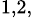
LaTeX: ^{1,2,}